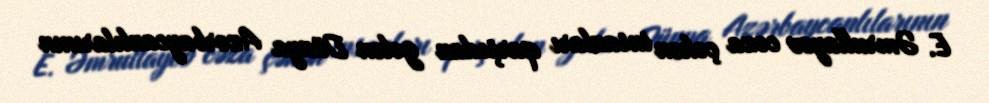
E. Əmrullayev cəza çəkən insanları qarşıdan gələn Dünya Azərbaycanlılarının